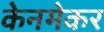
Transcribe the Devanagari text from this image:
केनमेकर